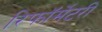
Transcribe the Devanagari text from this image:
रिफॉर्मेटरी